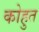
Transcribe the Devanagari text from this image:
कोहुत